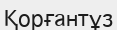
Қорғантұз